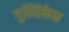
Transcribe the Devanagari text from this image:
गुल्सिकेक